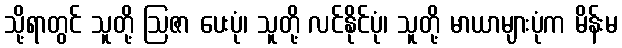
သို့ရာတွင် သူတို့ ဩဇာ ပေးပုံ၊ သူတို့ လင်နိုင်ပုံ၊ သူတို့ မာယာများပုံက မိန်းမ